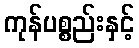
ကုန်ပစ္စည်းနှင့်